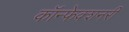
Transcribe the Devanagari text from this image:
कॉन्फेक्शनरी